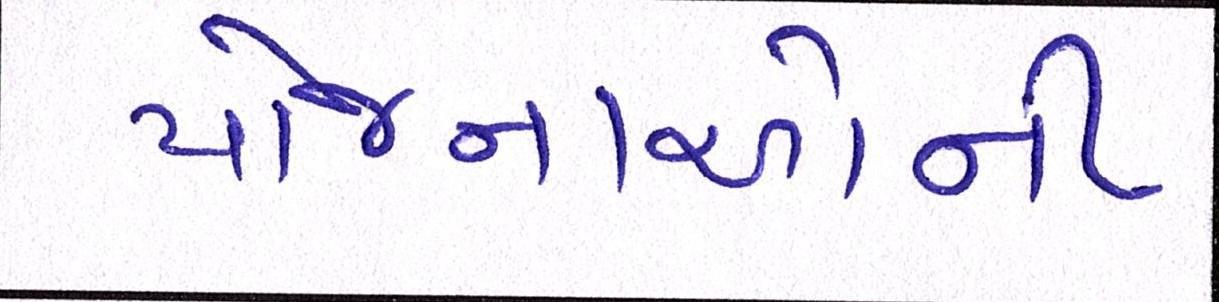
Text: યોજનાઓની